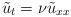
LaTeX: \begin{align*} \tilde u_t= \nu \tilde u_{xx}\end{align*}